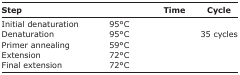
<table><thead><tr><td><b>Step</b></td><td>[EMPTY_CELL]</td><td><b>Time</b></td><td><b>Cycle</b></td></tr></thead><tbody><tr><td>Initial denaturation</td><td>95°C</td><td>[EMPTY_CELL]</td><td>[EMPTY_CELL]</td></tr><tr><td>Denaturation</td><td>95°C</td><td>[EMPTY_CELL]</td><td>35 cycles</td></tr><tr><td>Primer annealing</td><td>59°C</td><td>[EMPTY_CELL]</td><td>[EMPTY_CELL]</td></tr><tr><td>Extension</td><td>72°C</td><td>[EMPTY_CELL]</td><td>[EMPTY_CELL]</td></tr><tr><td>Final extension</td><td>72°C</td><td>[EMPTY_CELL]</td><td>[EMPTY_CELL]</td></tr></tbody></table>